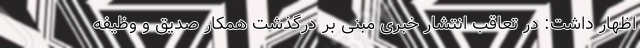
اظهار داشت: در تعاقب انتشار خبری مبنی بر درگذشت همکار صدیق و وظیفه